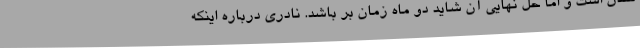
شدن است و اما حل نهایی آن شاید دو ماه زمان بر باشد. نادری درباره اینکه